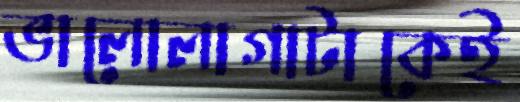
ভালোলাগাটাকেই